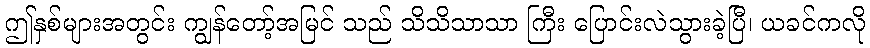
ဤနှစ်များအတွင်း ကျွန်တော့်အမြင် သည် သိသိသာသာ ကြီး ပြောင်းလဲသွားခဲ့ပြီ၊ ယခင်ကလို